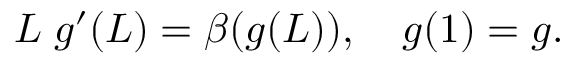
L \; g ^ { \prime } ( L ) = \beta ( g ( L ) ) , \quad g ( 1 ) = g .